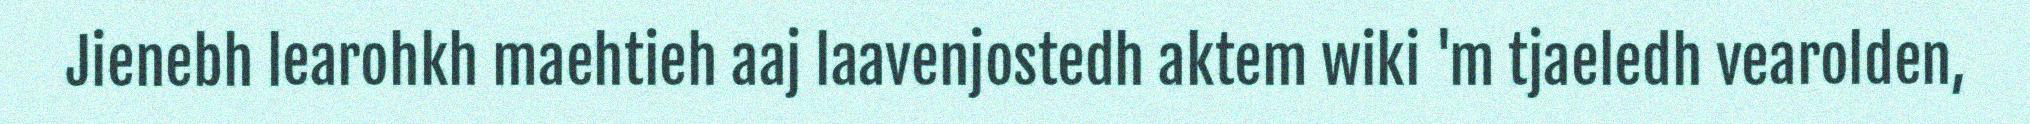
Jienebh learohkh maehtieh aaj laavenjostedh aktem wiki 'm tjaeledh vearolden,